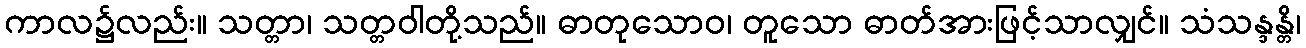
ကာလ၌လည်း။ သတ္တာ၊ သတ္တဝါတို့သည်။ ဓာတုသောဝ၊ တူသော ဓာတ်အားဖြင့်သာလျှင်။ သံသန္ဒန္တိ၊